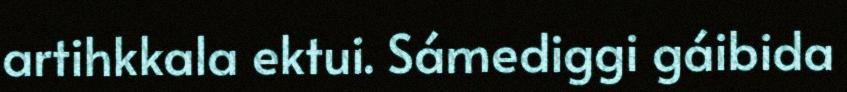
artihkkala ektui. Sámediggi gáibida